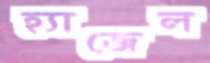
হ্যাজেল